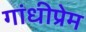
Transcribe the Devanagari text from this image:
गांधीप्रेम